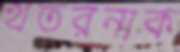
খতরনাক